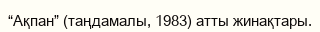
“Ақпан” (таңдамалы, 1983) атты жинақтары.